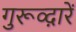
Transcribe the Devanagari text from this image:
गुरूव्‍द़ारें